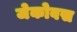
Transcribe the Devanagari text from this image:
जेकोबस